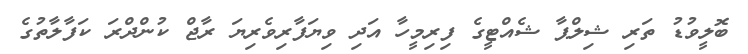
ބޮލީވުޑު ތަރި ޝިލްޕާ ޝެއްޓީގެ ފިރިމީހާ އަދި ވިޔަފާރިވެރިޔަ ރާޖް ކުންދްރަ ކަފާލާތުގެ